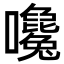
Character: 𡅛